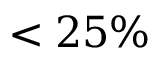
< 2 5 \%